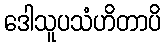
ဒေါသူပသံဟိတာပိ